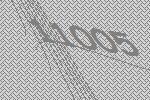
11005